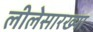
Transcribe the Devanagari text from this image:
लीलेसारख्या